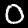
Label: 0